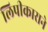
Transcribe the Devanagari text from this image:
लिपीकाराने